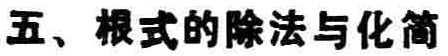
五、根式的除法与化简